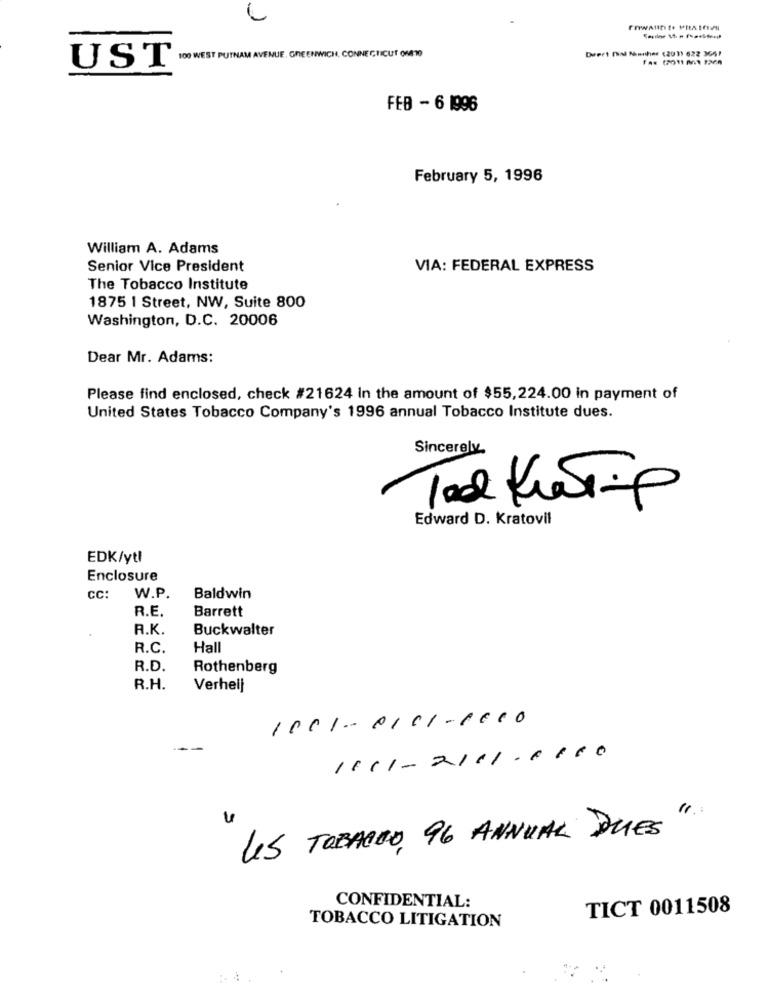
C
Deert Pad Nonnihos (2011 622 3661
UST ION WEST PUTNAM AVENUE. GREENWICH, CONNECTICUT ONEYO
FEB - 6 1996
February 5, 1996
William A. Adams
Senior Vice President
VIA: FEDERAL EXPRESS
The Tobacco Institute
1875 | Street, NW, Suite 800
Washington, D.C. 20006
Dear Mr. Adams:
Please find enclosed, check #21624 In the amount of $55,224.00 in payment of
United States Tobacco Company's 1996 annual Tobacco Institute dues.
Sincerely
Tal KiesTip
Edward D. Kratovil
EDK/ytl
Enclosure
CC:
W.P.
Baldwin
R.E.
Barrett
R.K.
Buckwalter
R.C.
Hall
R.D.
Rothenberg
R.H.
Verheij
1001-0101-6610
1111-2111-1110
LS TOBACCO, 96 ANNUAL DUES
CONFIDENTIAL:
TICT 0011508
TOBACCO LITIGATION